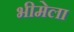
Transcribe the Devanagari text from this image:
भीमेला